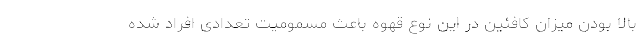
بالا بودن میزان کافئین در این نوع قهوه باعث مسمومیت تعدادی افراد شده